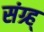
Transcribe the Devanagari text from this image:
संग्र्ह्